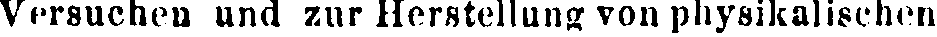
Versuchen und zur Herstellung von physikalischen